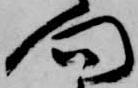
門